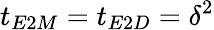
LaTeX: t_{E2M}=t_{E2D}=\delta^{2}